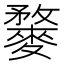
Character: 𪍓